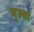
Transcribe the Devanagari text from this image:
भूल्या